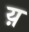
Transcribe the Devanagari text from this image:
य़